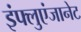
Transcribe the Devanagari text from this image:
इंफ्लुएंजानेट